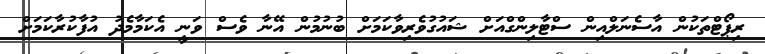
ރިޕޯޓްތަކުން އާސެނަލްއިން ސްޓާލިންގްއަށް ޝައުގުވެރިވާކަމަށް ބުނުމުން އޭނާ ވެސް ވަނީ އެކަމާމެދު އުފާކުރާކަމަށް